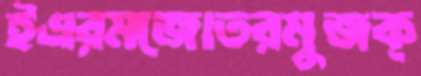
ইএরমজোতরমুজক্